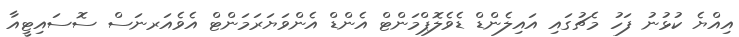
އިއްޔެ ކުޅުނު ފަހު މެޗުގައި އައިލެންޑް ޑެވެލޮޕްމަންޓް އެންޑް އެންވަޔަރަމަންޓް އެވެއަރނަސް ސޮސައިޓީއާ